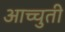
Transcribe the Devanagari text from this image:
आच्चुती